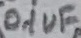
Text: 0.1uF